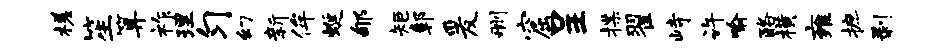
槎笙算祚理匀幻新侔蜒郇矩鄣爰删窟呈揲翟峙许喻酪横雍摭剥